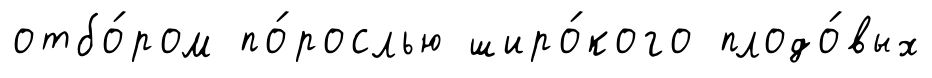
отбо́ром по́рослью широ́кого плодо́вых